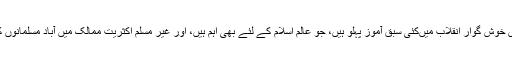
ترکی کے اس خوش گوار انقلاب میںکئی سبق آموز پہلو ہیں، جو عالم اسلام کے لئے بھی اہم ہیں، اور غیر مسلم اکثریت ممالک میں آباد مسلمانوں کے لئے بھی۔